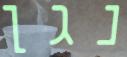
נגן